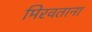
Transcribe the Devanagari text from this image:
मिरवताना